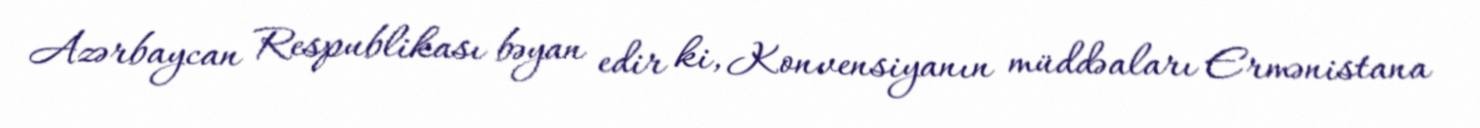
Azərbaycan Respublikası bəyan edir ki, Konvensiyanın müddəaları Ermənistana